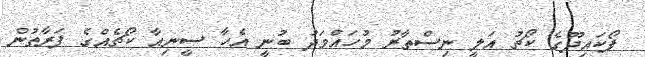
ފޯކައިދޫގެ ކޯޗު އަލީ ނިސްތާރު މުހައްމަދު ބުނީ އެހާ ސީނިއާ ކޯޗެއްގެ ފަރާތުން